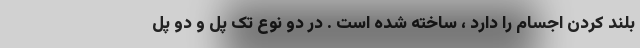
بلند کردن اجسام را دارد ، ساخته شده است . در دو نوع تک پل و دو پل